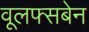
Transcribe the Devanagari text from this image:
वूलफ्सबेन